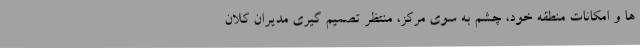
ها و امکانات منطقه خود، چشم به سوی مرکز، منتظر تصمیم گیری مدیران کلان